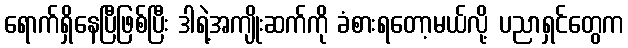
ရောက်ရှိနေပြီဖြစ်ပြီး ဒါရဲ့အကျိုးဆက်ကို ခံစားရတော့မယ်လို့ ပညာရှင်တွေက